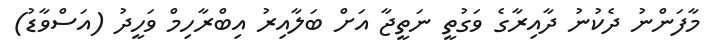
މާފަންނު ދެކުނު ދާއިރާގެ ވަގުތީ ނަތީޖާ އަށް ބަލާއިރު އިބްރާހިމް ވަހީދު (އަސްވާޑު)